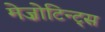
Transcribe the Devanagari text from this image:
मेज़ोटिन्ट्स